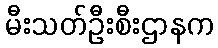
မီးသတ်ဦးစီးဌာနက